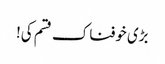
بڑی خوفناک قسم کی!